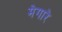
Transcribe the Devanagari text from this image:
मेगारे